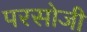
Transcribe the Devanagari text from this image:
परसोजी